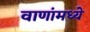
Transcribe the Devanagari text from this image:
वाणांमध्ये